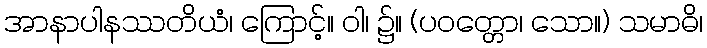
အာနာပါနဿတိယံ၊ ကြောင့်။ ဝါ၊ ၌။ (ပဝတ္တော၊ သော။) သမာဓိ၊